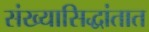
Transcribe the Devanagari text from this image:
संख्यासिद्धांतात